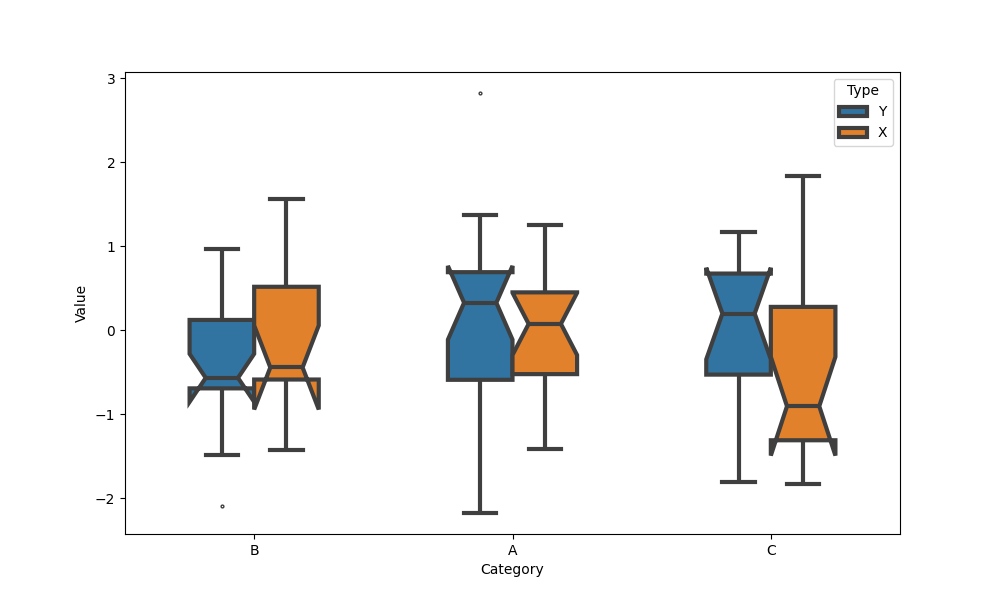
python, seaborn, boxplot, width=0.5, linewidth=3, fliersize=2, notch=True